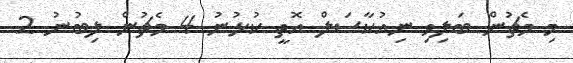
މި މެޗުން ބަލިވި ނިއުކާސަލް އޮތީ ކުޅުނު 4 މެޗުން ލިބުނު 2